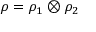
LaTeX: \rho = \rho _ { 1 } \otimes \rho _ { 2 }